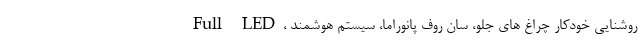
Full LED، روشنایی خودکار چراغ های جلو، سان روف پانوراما، سیستم هوشمند